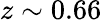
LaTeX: z\sim 0.66